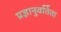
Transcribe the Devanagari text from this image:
प्रज्ञानुवर्तिता